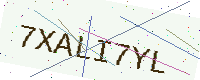
Text: 7XALI7YL